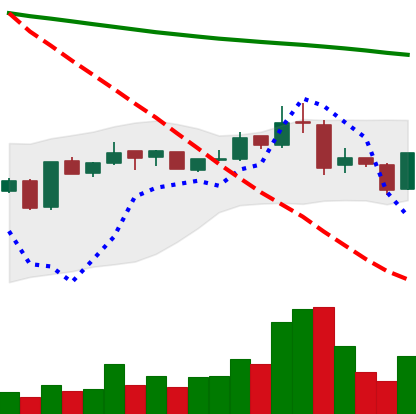
Ticker: BNB-USD
Chart end date: 2019-01-14
Forward return: 7.731%
Label: up_7plus